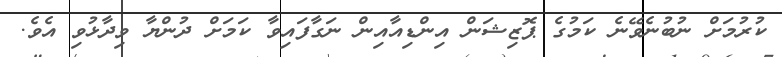
ކުރުމަށް ނުބުނެވޭނެ ކަމުގެ ޕޮޒިޝަން އިންޑިއާއިން ނަގާފައިވާ ކަމަށް ދުންޔާ ވިދާޅުވި އެވެ.